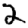
Digit: 2